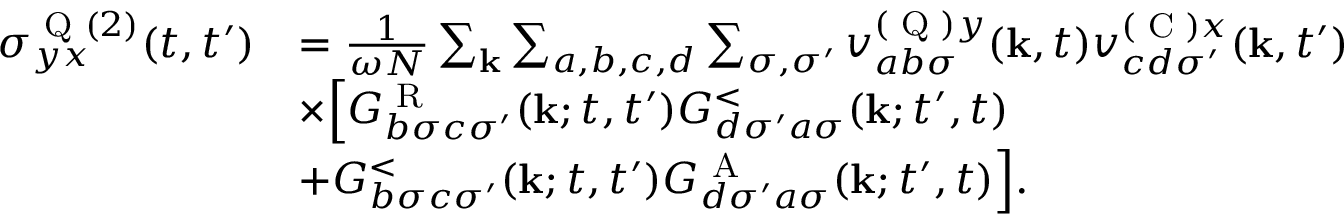
\begin{array} { r l } { \sigma _ { y x } ^ { \textrm { Q } ( 2 ) } ( t , t ^ { \prime } ) } & { = \frac { 1 } { \omega N } \sum _ { \mathbf { k } } \sum _ { a , b , c , d } \sum _ { \sigma , \sigma ^ { \prime } } v _ { a b \sigma } ^ { ( \textrm { Q } ) y } ( \mathbf { k } , t ) v _ { c d \sigma ^ { \prime } } ^ { ( \textrm { C } ) x } ( \mathbf { k } , t ^ { \prime } ) } \\ & { \times \Bigl [ G _ { b \sigma c \sigma ^ { \prime } } ^ { \textrm { R } } ( \mathbf { k } ; t , t ^ { \prime } ) G _ { d \sigma ^ { \prime } a \sigma } ^ { < } ( \mathbf { k } ; t ^ { \prime } , t ) } \\ & { + G _ { b \sigma c \sigma ^ { \prime } } ^ { < } ( \mathbf { k } ; t , t ^ { \prime } ) G _ { d \sigma ^ { \prime } a \sigma } ^ { \textrm { A } } ( \mathbf { k } ; t ^ { \prime } , t ) \Bigr ] . } \end{array}